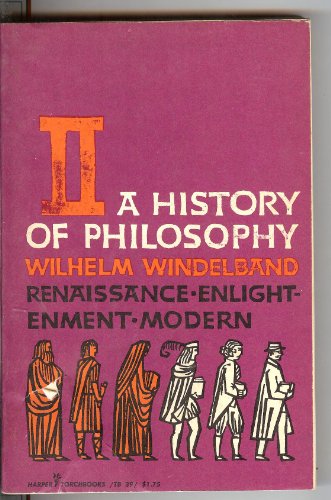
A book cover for A History of Philosophy, Volume II: Renaissance, Enlgihtement, Modern; Wilhelm Windelband; Politics & Social Sciences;